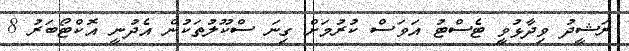
ރަޝީދު ވިދާޅުވީ ޓެސްޓު އަވަސް ކުރުމަށް ގިނަ ސްކޫލުތަކުން އެދުނީ އޮކްޓޯބަރު 8